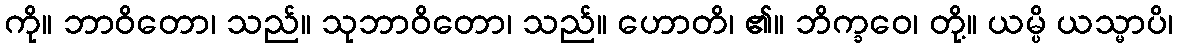
ကို။ ဘာဝိတော၊ သည်။ သုဘာဝိတော၊ သည်။ ဟောတိ၊ ၏။ ဘိက္ခဝေ၊ တို့။ ယမ္ပိ ယသ္မာပိ၊